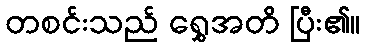
တစင်းသည် ရွှေအတိ ပြီး၏။